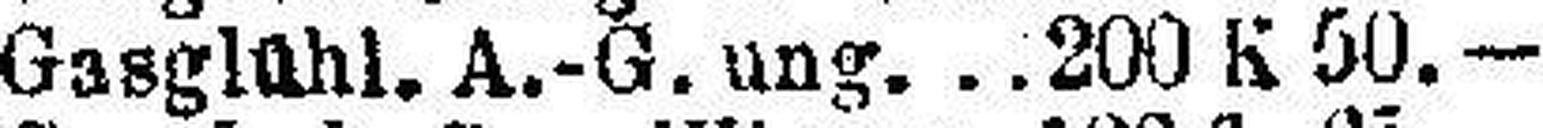
Gasglühl. A.-G. ung. 200 K 50.—